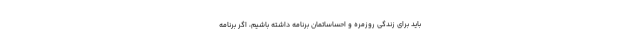
باید برای زندگی روزمره و احساساتمان برنامه داشته باشیم، اگر برنامه